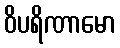
ဝိပရိဏာမော